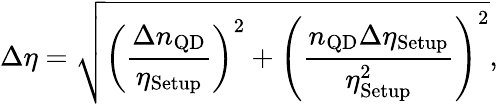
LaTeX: \Delta\eta=\sqrt{\left(\frac{\Delta n_{\mathrm{QD}}}{\eta_{\mathrm{Setup}}}\right)^{2}+\left(\frac{n_{\mathrm{QD}}\Delta\eta_{\mathrm{Setup}}}{\eta_{\mathrm{Setup}}^{2}}\right)^{2}},